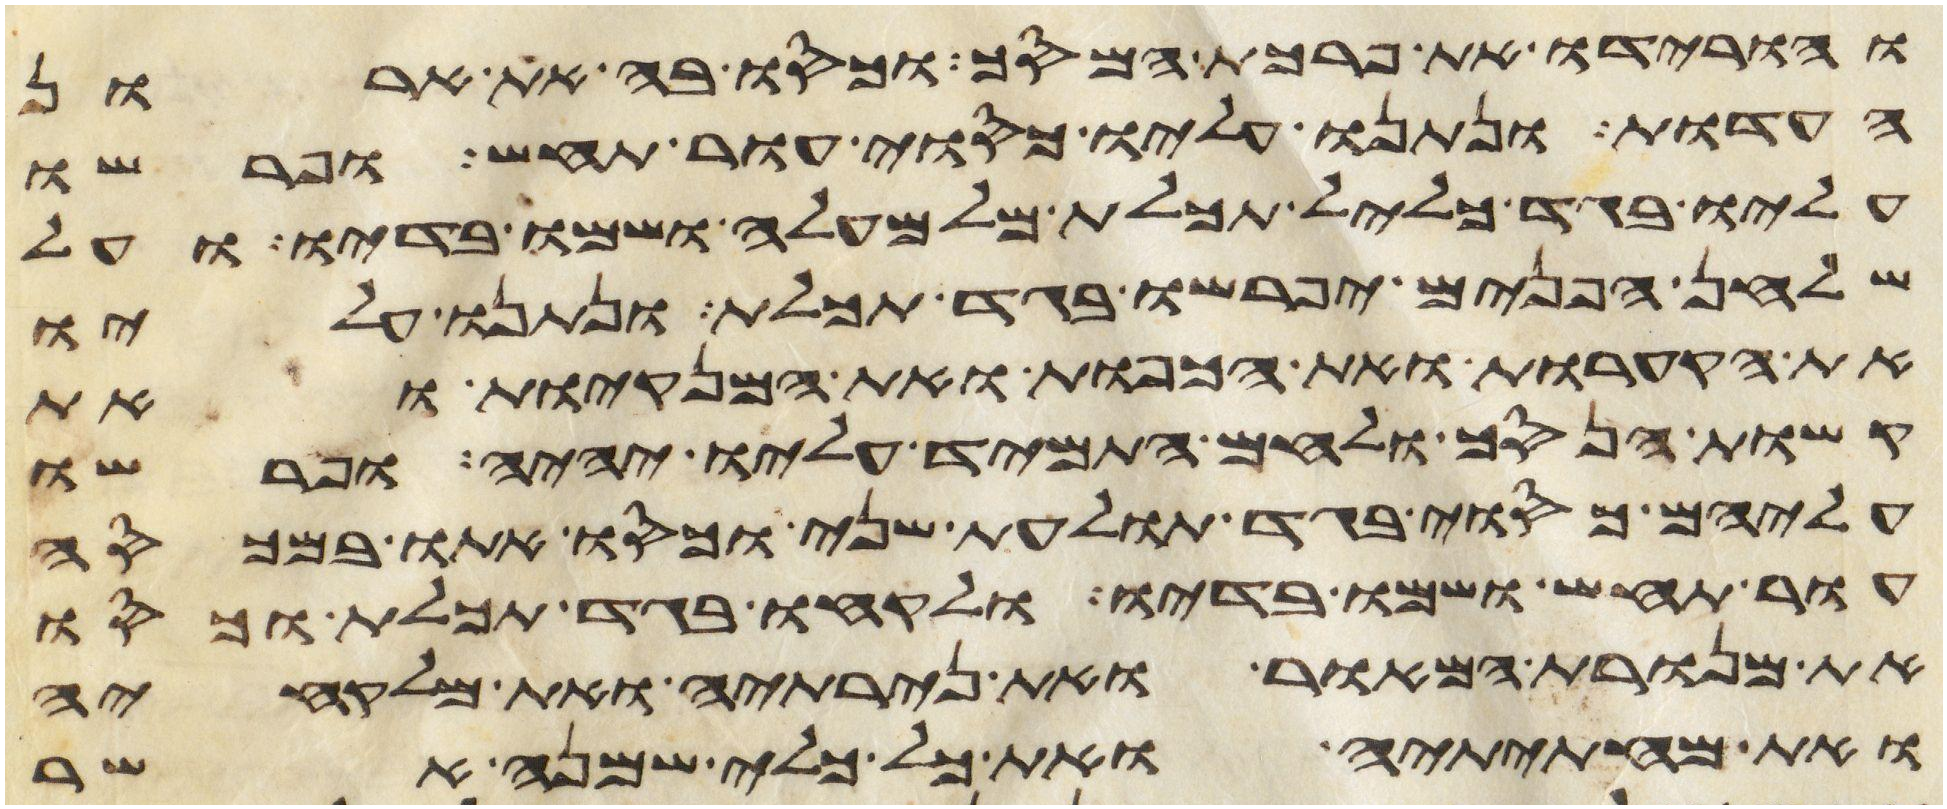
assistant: והורידו את פרכת המסך וכסו בה את ארון
העדות ונתנו עליו כסוי עור תחש ופרשו
עליו בגד כליל תכלת מלמעלה ושמו בדיו ועל
שלחן הפנים יפרשו בגד תכלת ונתנו עליו
את הקערות ואת הכפות ואת המנקיות ואת
קשות הנסך ולחם התמיד עליו יהיה ופרשו
עליהם כסוי בגד תולעת שני וכסו אתו במכסה
עור תחש ושמו בדיו ולקחו בגד תכלת וכסו
את מנורת המאור ואת נרתיה ואת מלקחיה
ואת מחתיתיה ואת כל כלי שמנה אשר